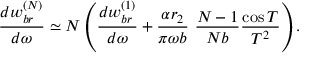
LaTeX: \frac { d w _ { b r } ^ { ( N ) } } { d \omega } \simeq N \left( \frac { d w _ { b r } ^ { ( 1 ) } } { d \omega } + \frac { \alpha r _ { 2 } } { \pi \omega b } ~ \frac { N - 1 } { N b } \frac { \cos T } { T ^ { 2 } } \right) .